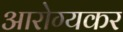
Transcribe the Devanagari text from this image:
आरोग्यकर